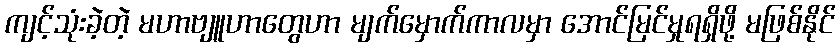
ကျင့်သုံးခဲ့တဲ့ မဟာဗျူဟာတွေဟာ မျက်မှောက်ကာလမှာ အောင်မြင်မှုရရှိဖို့ မဖြစ်နိုင်